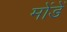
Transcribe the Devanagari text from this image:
मोंडें